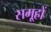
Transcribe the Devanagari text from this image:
समू्हों